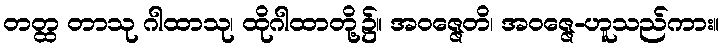
တတ္ထ တာသု ဂါထာသု၊ ထိုဂါထာတို့၌။ အဝဇ္ဇေတိ၊ အဝဇ္ဇေ-ဟူသည်ကား။